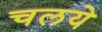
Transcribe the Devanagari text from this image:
चलये